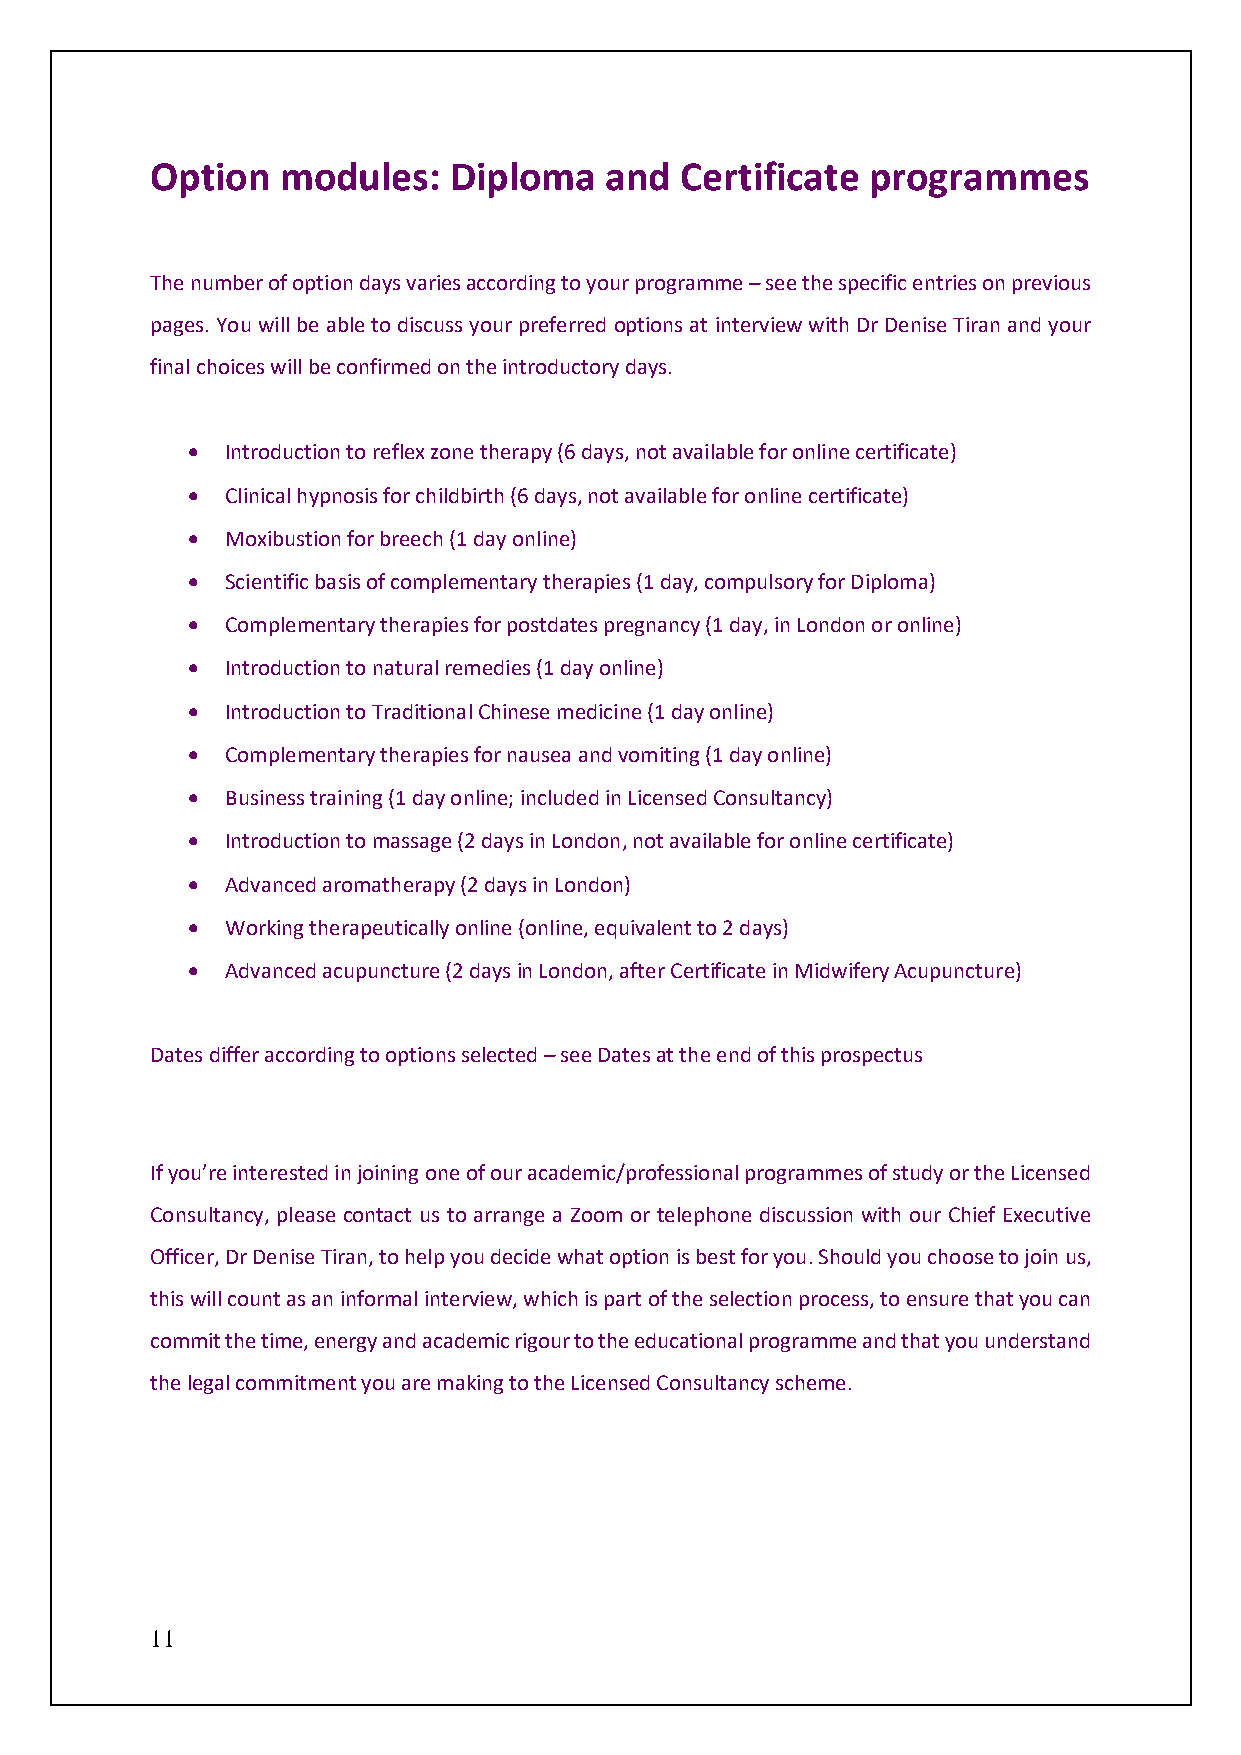
Option   modules:   Diploma   and  Certificate programmes
 The number of option days varies according to your programme – see the specific entries on previous
 pages. You will be able to discuss your preferred options at interview with Dr Denise Tiran and your
 final choices will be confirmed on the introductory days.
 •  Introduction to reflex zone therapy (6 days, not available for online certificate)
 •  Clinical hypnosis for childbirth (6 days, not available for online certificate)
 •  Moxibustion for breech (1 day online)
 •  Scientific basis of complementary therapies (1 day, compulsory for Diploma)
 •  Complementary therapies for postdates pregnancy (1 day, in London or online)
 •  Introduction to natural remedies (1 day online)
 •  Introduction to Traditional Chinese medicine (1 day online)
 •  Complementary therapies for nausea and vomiting (1 day online)
 •  Business training (1 day online; included in Licensed Consultancy)
 •  Introduction to massage (2 days in London, not available for online certificate)
 •  Advanced aromatherapy (2 days in London)
 •  Working therapeutically online (online, equivalent to 2 days)
 •  Advanced acupuncture (2 days in London, after Certificate in Midwifery Acupuncture)
 Dates differ according to options selected – see Dates at the end of this prospectus
 If you’re interested in joining one of our academic/professional programmes of study or the Licensed
 Consultancy, please contact us to arrange a Zoom or telephone discussion with our Chief Executive
 Officer, Dr Denise Tiran, to help you decide what option is best for you. Should you choose to join us,
 this will count as an informal interview, which is part of the selection process, to ensure that you can
 commit the time, energy and academic rigour to the educational programme and that you understand
 the legal commitment you are making to the Licensed Consultancy scheme.
 11